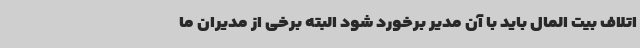
اتلاف بیت المال باید با آن مدیر برخورد شود البته برخی از مدیران ما